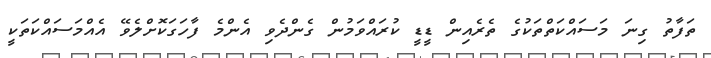
ތަފާތު ގިނަ މަސައްކަތްތަކުގެ ތެރެއިން ޑީޑީ ކުރައްވަމުން ގެންދެވި އެންމެ ފާހަގަކޮށްލެވޭ އެއްމަސައްކަތަކީ